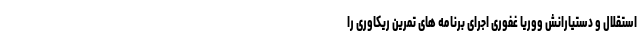
استقلال و دستیارانش ووریا غفوری اجرای برنامه های تمرین ریکاوری را